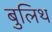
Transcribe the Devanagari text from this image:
बुलिथ